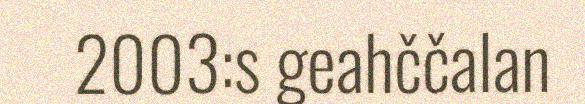
2003:s geahččalan